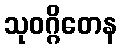
သုဝဂ္ဂိတေန